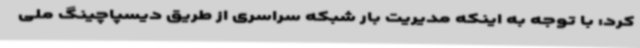
کرد: با توجه به اینکه مدیریت بار شبکه سراسری از طریق دیسپاچینگ ملی